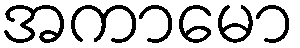
အကာမော